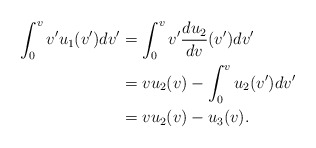
\begin{align*} \int_0^vv'u_1(v')dv'&=\int_0^vv'\frac{du_2}{dv}(v')dv'\\&=vu_2(v)-\int_0^vu_2(v')dv'\\&=vu_2(v)-u_3(v).\end{align*}